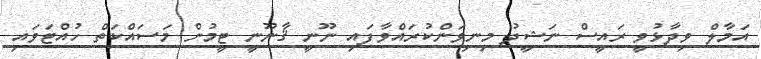
އަމާލް ވިދާޅުވީ ރައީސް ނަޝީދު މިނިވަންކުރައްވާފައި ނޫނީ ޤާނޫނީ ޓީމުން މަސައްކަތް ހުއްޓަވައި